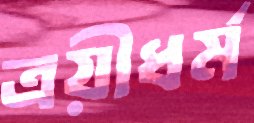
ত্রয়ীধর্ম